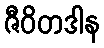
ဇီဝိတဒါန